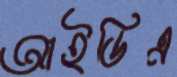
আইডিএ